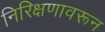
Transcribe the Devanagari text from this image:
निरिक्षणावरून